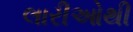
લારીઓથી